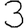
Digit: 3